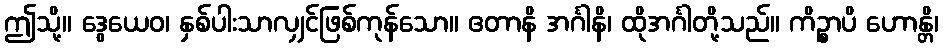
ဤသို့။ ဒွေယေဝ၊ နှစ်ပါးသာလျှင်ဖြစ်ကုန်သော။ ဧတာနိ အင်္ဂါနိ၊ ထိုအင်္ဂါတို့သည်။ ကိဉ္စာပိ ဟောန္တိ၊